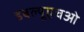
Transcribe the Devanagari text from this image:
डबल्यूएचओ